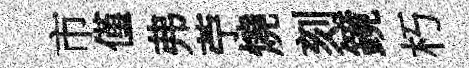
市僅弗苧燒刻鏡朽